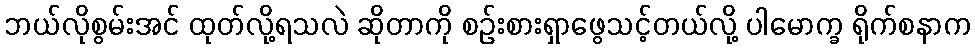
ဘယ်လိုစွမ်းအင် ထုတ်လို့ရသလဲ ဆိုတာကို စဉ်းစားရှာဖွေသင့်တယ်လို့ ပါမောက္ခ ရိုက်စနာက